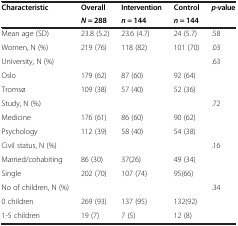
<table><thead><tr><td rowspan="2"><b>Characteristic</b></td><td><b>Overall</b></td><td><b>Intervention</b></td><td><b>Control</b></td><td rowspan="2"><b><i>p-v</i>alue</b></td></tr><tr><td><b><i>N</i> = 288</b></td><td><b><i>n</i> = 144</b></td><td><b><i>n</i> = 144</b></td></tr></thead><tbody><tr><td>Mean age (SD)</td><td>23.8 (5.2)</td><td>23.6 (4.7)</td><td>24 (5.7)</td><td>.58</td></tr><tr><td>Women, N (%)</td><td>219 (76)</td><td>118 (82)</td><td>101 (70)</td><td>.03</td></tr><tr><td>University, N (%)</td><td> </td><td> </td><td> </td><td>.63</td></tr><tr><td>Oslo</td><td>179 (62)</td><td>87 (60)</td><td>92 (64)</td><td> </td></tr><tr><td>Tromsø</td><td>109 (38)</td><td>57 (40)</td><td>52 (36)</td><td> </td></tr><tr><td>Study, N (%)</td><td> </td><td> </td><td> </td><td>.72</td></tr><tr><td>Medicine</td><td>176 (61)</td><td>86 (60)</td><td>90 (62)</td><td> </td></tr><tr><td>Psychology</td><td>112 (39)</td><td>58 (40)</td><td>54 (38)</td><td> </td></tr><tr><td>Civil status, N (%)</td><td> </td><td> </td><td> </td><td>.16</td></tr><tr><td>Married/cohabiting</td><td>86 (30)</td><td>37(26)</td><td>49 (34)</td><td> </td></tr><tr><td>Single</td><td>202 (70)</td><td>107 (74)</td><td>95(66)</td><td> </td></tr><tr><td>No of children, N (%)</td><td> </td><td> </td><td> </td><td>.34</td></tr><tr><td>0 children</td><td>269 (93)</td><td>137 (95)</td><td>132(92)</td><td> </td></tr><tr><td>1-5 children</td><td>19 (7)</td><td>7 (5)</td><td>12 (8)</td><td> </td></tr></tbody></table>